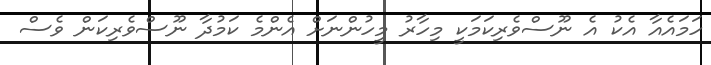
ހަމައެއާ އެކު އެ ނޫސްވެރިކަމަކީ މިހާރު މީހުންނަށް އެންމެ ކަމުދާ ނޫސްވެރިކަން ވެސް